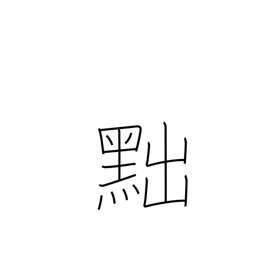
Meaning: draw back